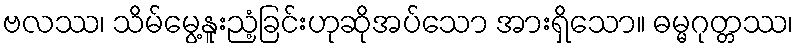
ဗလဿ၊ သိမ်မွေ့နူးညံ့ခြင်းဟုဆိုအပ်သော အားရှိသော။ ဓမ္မဂုတ္တဿ၊